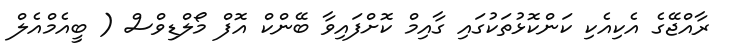
ރާއްޖޭގެ އެކިއެކި ކަންކޮޅުތަކުގައި ގާއިމް ކޮށްފައިވާ ބޭންކް އޮފް މޯލްޑިވްސް ( ބީއެމްއެލް